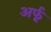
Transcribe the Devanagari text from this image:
अर्फू